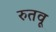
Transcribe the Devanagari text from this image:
रुतवू